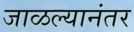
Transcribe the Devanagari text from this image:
जाळल्यानंतर